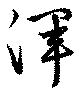
渾